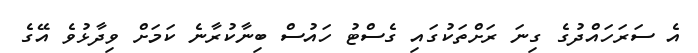
އެ ސަރަހައްދުގެ ގިނަ ރަށްތަކުގައި ގެސްޓު ހައުސް ބިނާކުރާނެ ކަމަށް ވިދާޅުވެ އޭގެ